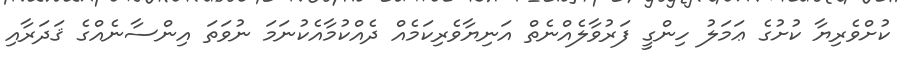
ކުށްވެރިޔާ ކުށުގެ ޢަމަލު ހިންގީ ފަރުވާލެއްނެތް އަނިޔާވެރިކަމެއް ދެއްކުމާއެކުނަމަ ނުވަތަ އިންސާނެއްގެ ޤަދަރާއި